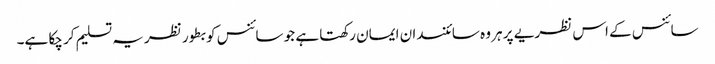
سائنس کے اس نظریے پر ہر وہ سائنسدان ایمان رکھتا ہے جو سائنس کو بطور نظریہ تسلیم کر چکا ہے۔